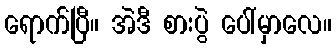
ရောက်ပြီ။ အဲဒီ စားပွဲ ပေါ်မှာလေ။